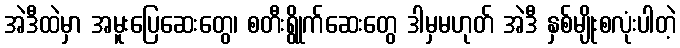
အဲဒီထဲမှာ အမူးပြေဆေးတွေ၊ စတီးရွိုက်ဆေးတွေ ဒါမှမဟုတ် အဲဒီ နှစ်မျိုးစလုံးပါတဲ့